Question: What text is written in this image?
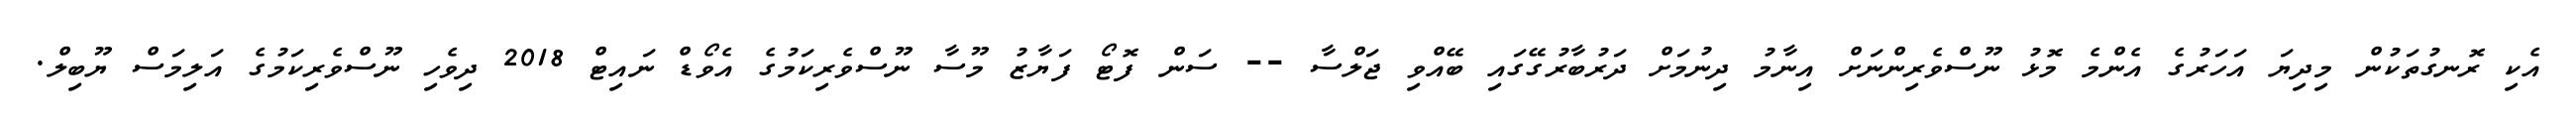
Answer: އެކި ރޮނގުތަކުން މިދިޔަ އަހަރުގެ އެންމެ މޮޅު ނޫސްވެރިންނަށް އިނާމު ދިނުމަށް ދަރުބާރުގޭގައި ބޭއްވި ޖަލްސާ -- ސަން ފޮޓޯ ފަޔާޒު މޫސާ ނޫސްވެރިކަމުގެ އެވޯޑް ނައިޓް 2018 ދިވެހި ނޫސްވެރިކަމުގެ އަލިމަސް ޔޫބިލް.